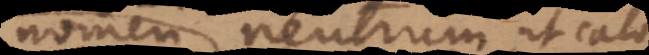
nomen neutrum ut calor,